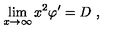
\lim _ { x \rightarrow \infty } x ^ { 2 } \varphi ^ { \prime } = D \ ,